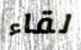
لقاء